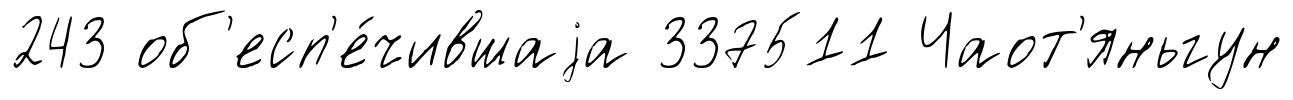
243 об'есп'е́чившаjа 337511 Чаот'яньгун